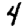
Digit: 4